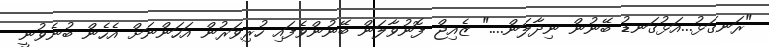
"ރަނގަޅު...އަޅުގަނޑު ބޭނުން ނިދާލަން...." ޒެއިޖް ފޮނުވާލަން ބޭނުންވެފައި ހުރިވަރުން އަހަންނަށް އެހެން ބުނެވުނީ